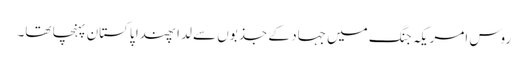
روس امریکہ جنگ میں جہاد کے جذبوں سے لدا پھندا پاکستان پہنچا تھا۔